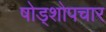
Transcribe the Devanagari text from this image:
षोड्शोपचार